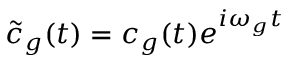
\tilde { c } _ { g } ( t ) = c _ { g } ( t ) e ^ { i \omega _ { g } t }